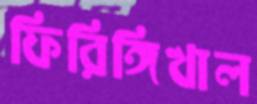
ফিরিঙ্গিখাল